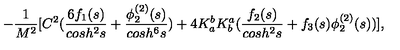
- \frac { 1 } { M ^ { 2 } } [ C ^ { 2 } ( \frac { 6 f _ { 1 } ( s ) } { c o s h ^ { 2 } s } + \frac { \phi _ { 2 } ^ { ( 2 ) } ( s ) } { c o s h ^ { 6 } s } ) + 4 K _ { a } ^ { b } K _ { b } ^ { a } ( \frac { f _ { 2 } ( s ) } { c o s h ^ { 2 } s } + f _ { 3 } ( s ) \phi _ { 2 } ^ { ( 2 ) } ( s ) ) ] ,